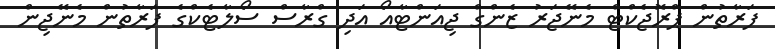
ފަރާތުން ޕްރޮޖެކްޓް މެނޭޖަރު ޒެންގް ޖިއަންޓާއޯ އަދި ގްރާސް ސޯލާޓެކްގެ ފަރާތުން މެނޭޖިން